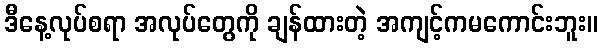
ဒီနေ့လုပ်စရာ အလုပ်တွေကို ချန်ထားတဲ့ အကျင့်ကမကောင်းဘူး။